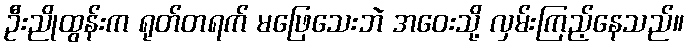
ဦးညိုထွန်းက ရုတ်တရက် မဖြေသေးဘဲ အဝေးသို့ လှမ်းကြည့်နေသည်။